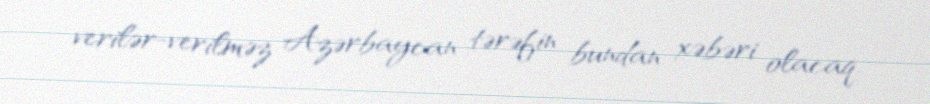
verilər-verilməz Azərbaycan tərəfin bundan xəbəri olacaq.